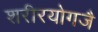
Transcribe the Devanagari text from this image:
शरीरयोगजै